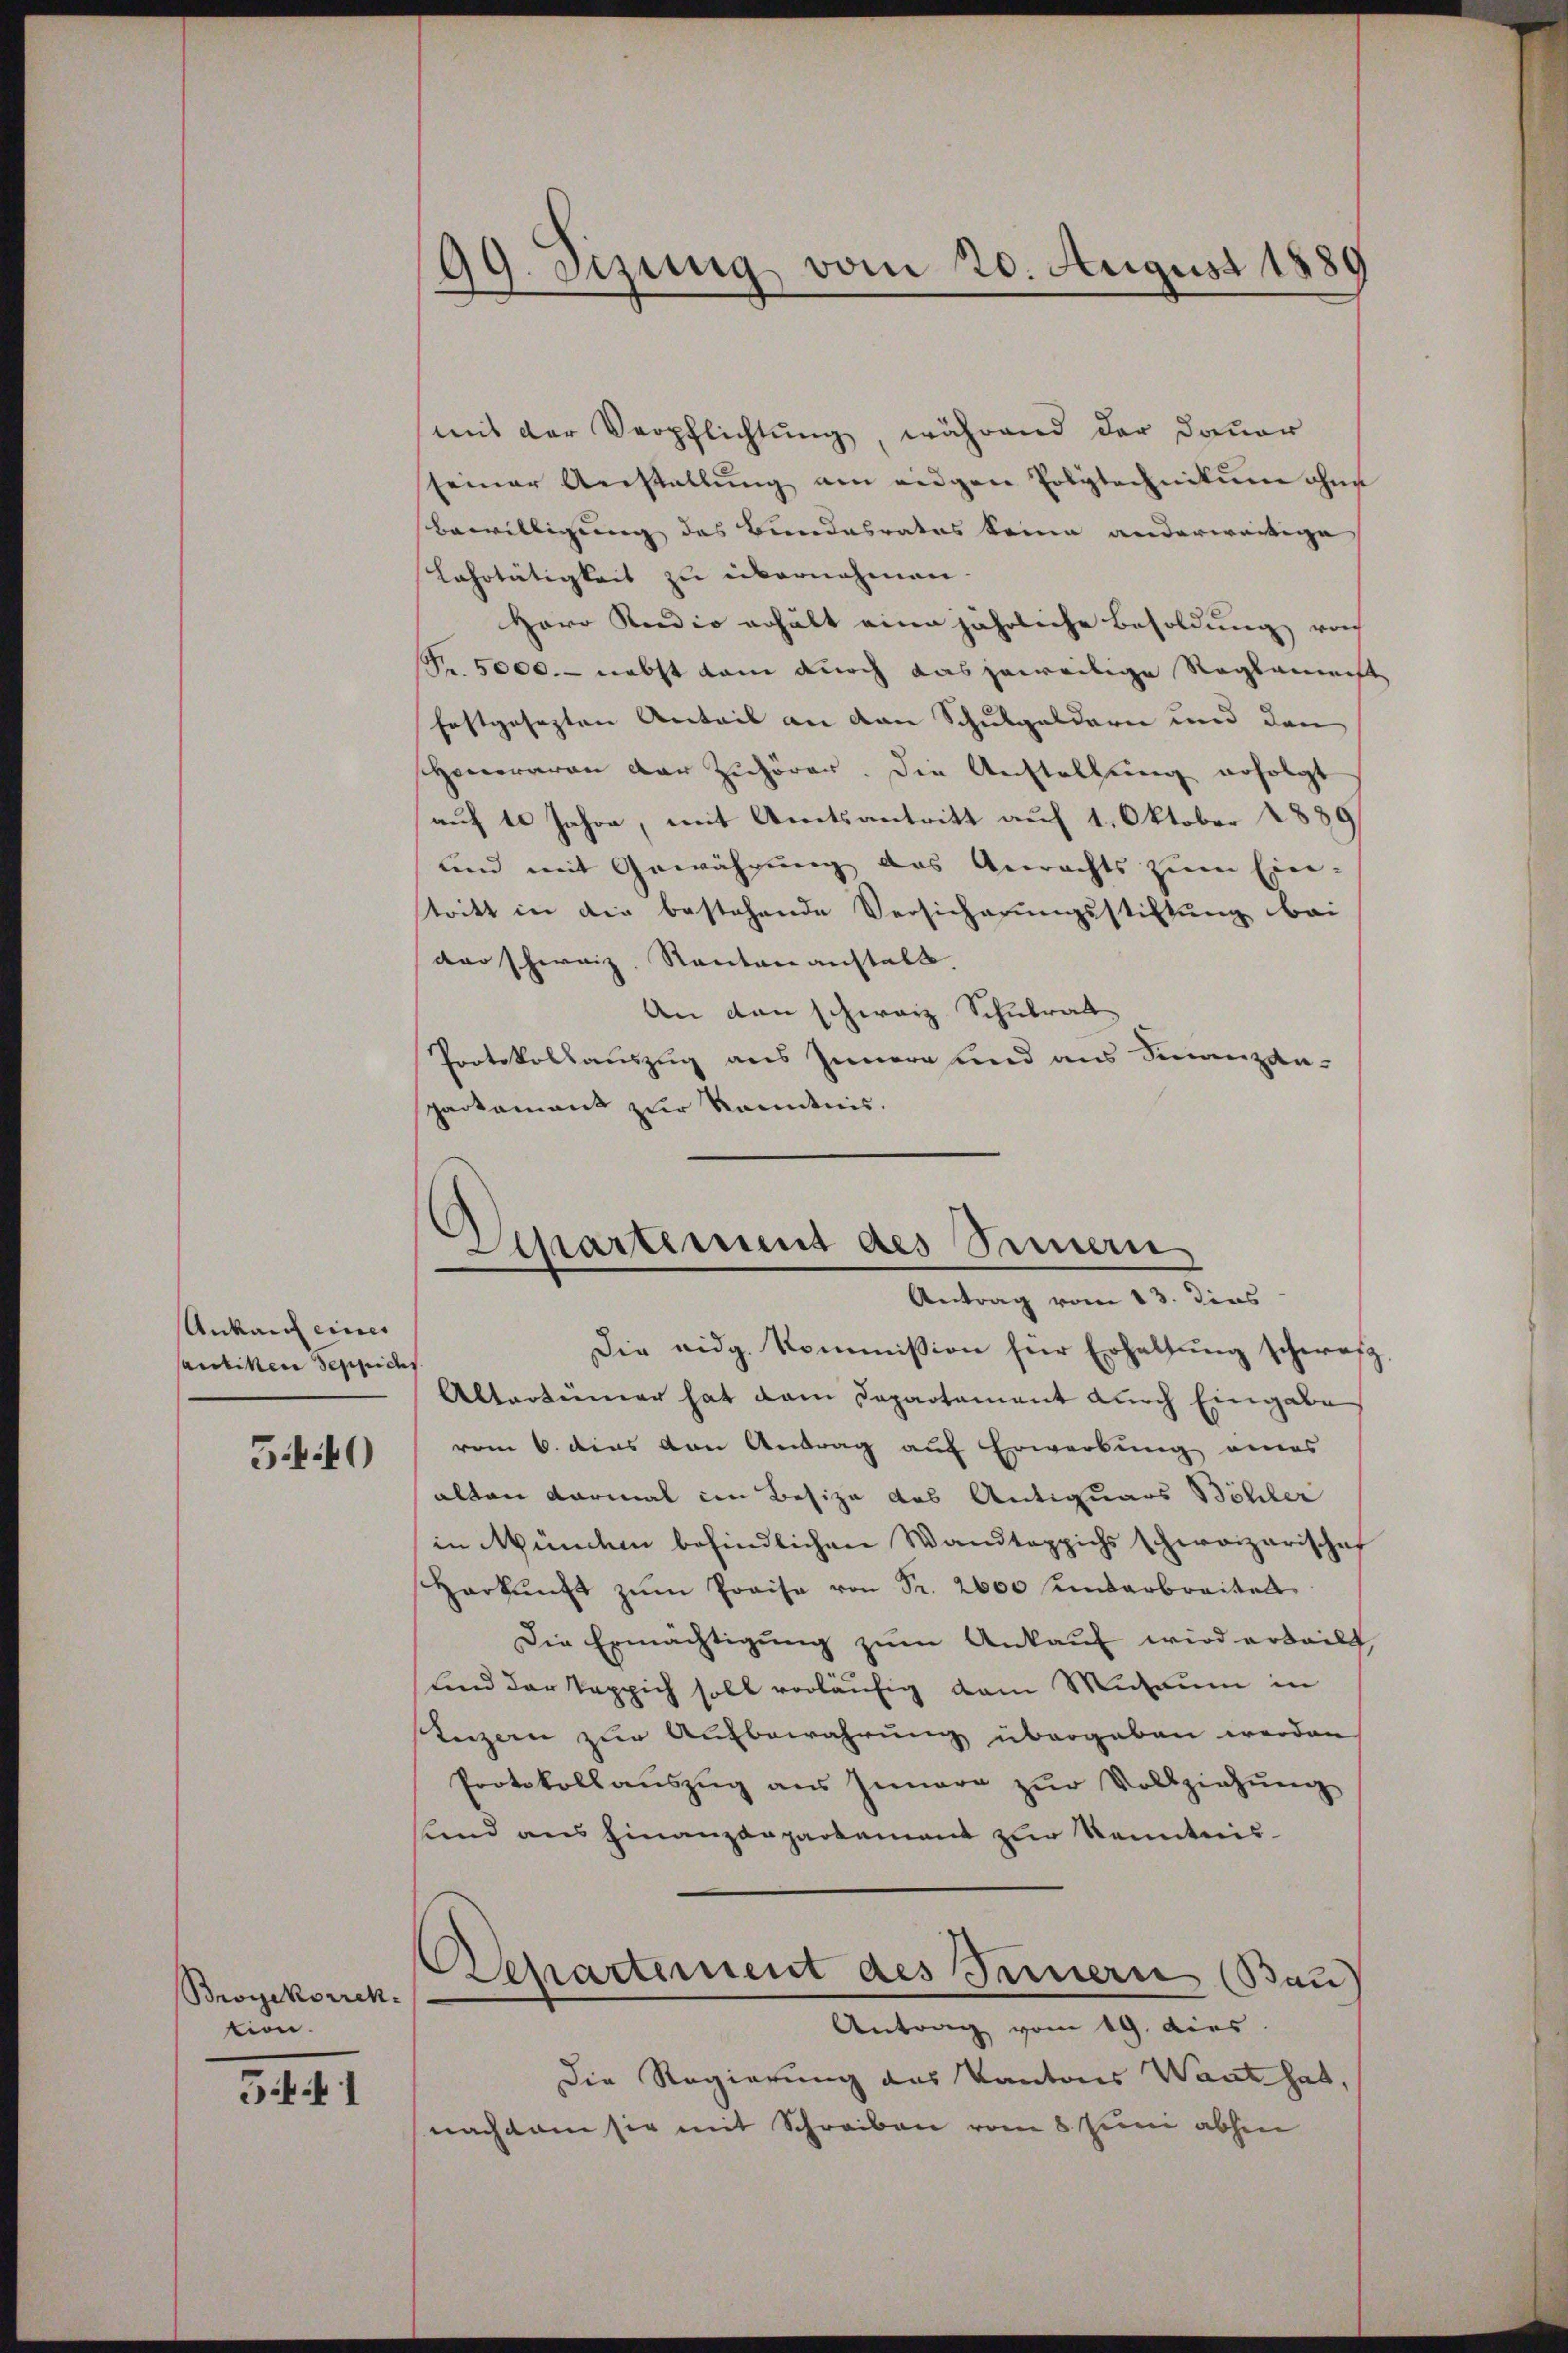
Ankauf eines
antiken Teppichs

540

Broyekorrek
tion.

5 1

mit der Verpflichtung während der Dauer
seiner Anstellung am eidgen Polytechnikum ohne
Bewilligung des Bundesrates keine anderwärtige
Lahotätigkeit zu übernahmen.
Herr Radio erhält eine jährliche Besoldung noch
R. 5000.- nebst kam durch das jeweilige Regermeist
festgesezten Anteil an den Schulgeldern und den
Honoraren der Zuhörer. Die Anstellung erfolgt
auf 10 Jahre, mit Amtsantritt auf 1. Oktober 1889
und mit Gewährung des Anrechts zŭm Ein-
stritt in die bestehende Versicherungsstiftung bei
der schweiz. Rautenanstals |
An den schwarz Schulrat
Protokollauszug aus Innern und aus Finanzanpactament zur Kenntnis.

99. Jung vom 20. August 1889

Spartement des Sammern
Antrag vom 13. dies

Die eidg. Kommission für Erhaltung schweiz
Altertümer hat dem Departament durch Eingabe
vom 6. dies von Antrag auf Erwerbung eines
alten darmal im Besize des Antiquars Böhler
in Münden befindlichen Wandteppichs schweizerische
sharkŭnft zŭm Praisa von Fr. 2600 undarbreitels
Die Ermächtigung zŭm Ankauf wird erteilt,
sind der Teppich soll vorläufig vom Mutaum in
Luzern zur Aufbewahrung übergeben werden
Protokollauszug aus Innere zŭr Vollziehŭng
lind aus Finanzdepartament zur Kenntnis
Repartement des Fernern (Bau
Antrag vom 19. dies
Die Regierung des Kantons Wart hat,
nachdem sie mit Schreiben vom 8. Juni abhin